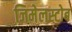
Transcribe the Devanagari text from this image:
जिमेलस्टोब